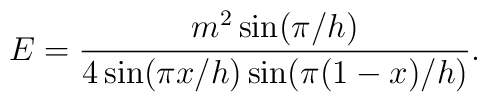
E=\frac{m^{2}\sin (\pi /h)}{4\sin (\pi x/h)\sin (\pi (1-x)/h)}.